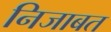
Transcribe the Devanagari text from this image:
निजाबत